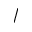
\slash